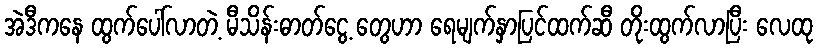
အဲဒီကနေ ထွက်ပေါ်လာတဲ့ မီသိန်းဓာတ်ငွေ့ တွေဟာ ရေမျက်နှာပြင်ထက်ဆီ တိုးထွက်လာပြီး လေထု